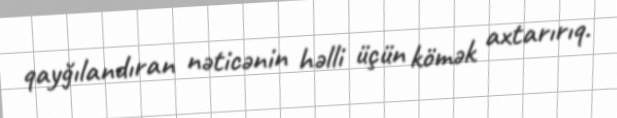
qayğılandıran nəticənin həlli üçün kömək axtarırıq.